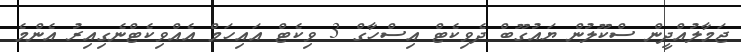
ޖަމާލުއްދީން ސްކޫލުން ޔައުގޫބް ދެވިކެޓް އިސްހާގް 3 ވިކެޓް އައިހަމް އެއްވިކެޓްނެގިއިރު އެންމެ